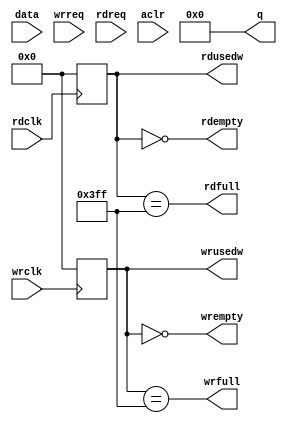
module fifo_1c_1k ( data, wrreq, rdreq, rdclk, wrclk, aclr, q,
		    rdfull, rdempty, rdusedw, wrfull, wrempty, wrusedw);

   parameter width = 32;
   parameter depth = 1024;
   //`define rd_req 0;  // Set this to 0 for rd_ack, 1 for rd_req
      
   input [31:0] data;
   input 	wrreq;
   input 	rdreq;
   input 	rdclk;
   input 	wrclk;
   input 	aclr;
   output [31:0] q;
   output 	 rdfull;
   output 	 rdempty;
   output [9:0]  rdusedw;
   output 	 wrfull;
   output 	 wrempty;
   output [9:0]  wrusedw;
   
   reg [width-1:0] mem [0:depth-1];
   reg [7:0] 	   rdptr;
   reg [7:0] 	   wrptr;
   
`ifdef rd_req
   reg [width-1:0] q;
`else
   wire [width-1:0] q;
`endif
   
   reg [9:0] 	    rdusedw;
   reg [9:0] 	    wrusedw;
   
   integer 	    i;

   always @( aclr)
     begin
	wrptr <= #1 0;
	rdptr <= #1 0;
	for(i=0;i<depth;i=i+1)
	  mem[i] <= #1 0;
     end
   
   always @(posedge wrclk)
     if(wrreq)
       begin
	  wrptr <= #1 wrptr+1;
	  mem[wrptr] <= #1 data;
       end
   
   always @(posedge rdclk)
     if(rdreq)
       begin
   	  rdptr <= #1 rdptr+1;
`ifdef rd_req
	  q <= #1 mem[rdptr];
`endif
       end
   
`ifdef rd_req
`else
   assign q = mem[rdptr];
`endif
   
   // Fix these
   always @(posedge wrclk)
     wrusedw <= #1 wrptr - rdptr;
   
   always @(posedge rdclk)
     rdusedw <= #1 wrptr - rdptr;

   assign wrempty = (wrusedw == 0);
   assign wrfull = (wrusedw == depth-1);

   assign rdempty = (rdusedw == 0);
   assign rdfull = (rdusedw == depth-1);
   
endmodule